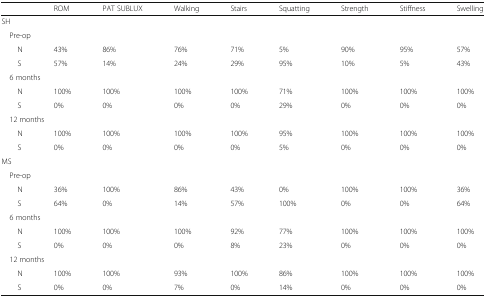
|  | ROM | PAT SUBLUX | Walking | Stairs | Squatting | Strength | Stiffness | Swelling |
 | --- | --- | --- | --- | --- | --- | --- | --- | --- |
 | <COLSPAN=9> SH |
 | <COLSPAN=9> Pre-op |
 | N | 43% | 86% | 76% | 71% | 5% | 90% | 95% | 57% |
 | S | 57% | 14% | 24% | 29% | 95% | 10% | 5% | 43% |
 | <COLSPAN=9> 6 months |
 | N | 100% | 100% | 100% | 100% | 71% | 100% | 100% | 100% |
 | S | 0% | 0% | 0% | 0% | 29% | 0% | 0% | 0% |
 | <COLSPAN=9> 12 months |
 | N | 100% | 100% | 100% | 100% | 95% | 100% | 100% | 100% |
 | S | 0% | 0% | 0% | 0% | 5% | 0% | 0% | 0% |
 | <COLSPAN=9> MS |
 | <COLSPAN=9> Pre-op |
 | N | 36% | 100% | 86% | 43% | 0% | 100% | 100% | 36% |
 | S | 64% | 0% | 14% | 57% | 100% | 0% | 0% | 64% |
 | <COLSPAN=9> 6 months |
 | N | 100% | 100% | 100% | 92% | 77% | 100% | 100% | 100% |
 | S | 0% | 0% | 0% | 8% | 23% | 0% | 0% | 0% |
 | <COLSPAN=9> 12 months |
 | N | 100% | 100% | 93% | 100% | 86% | 100% | 100% | 100% |
 | S | 0% | 0% | 7% | 0% | 14% | 0% | 0% | 0% |